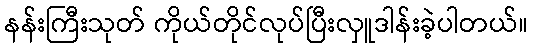
နန်းကြီးသုတ် ကိုယ်တိုင်လုပ်ပြီးလှူဒါန်းခဲ့ပါတယ်။